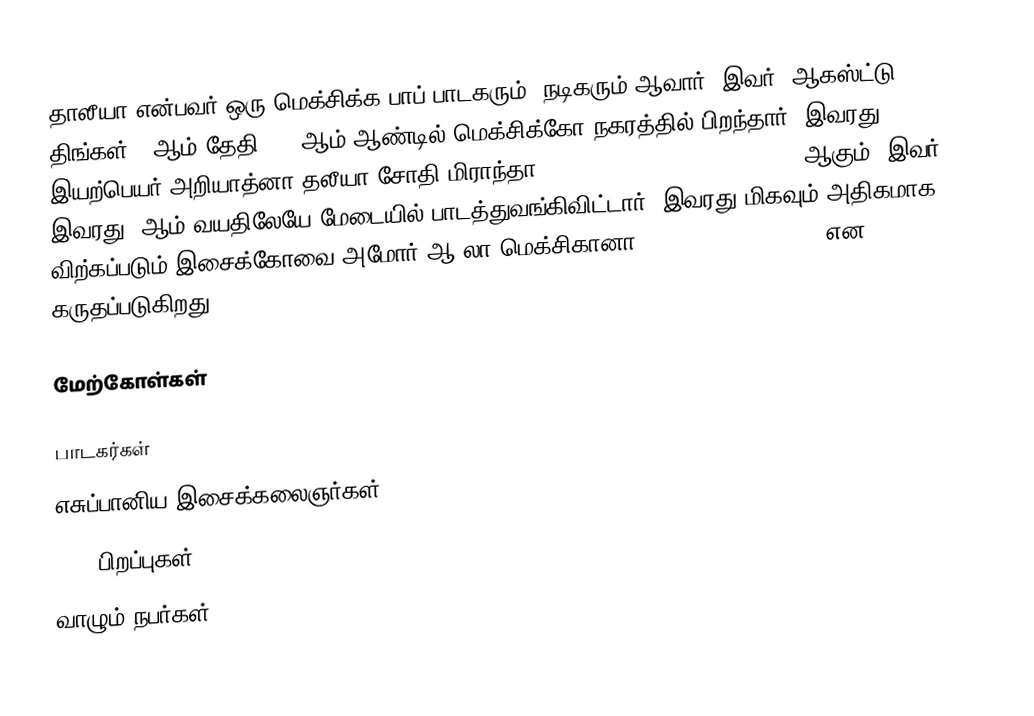
தாலீயா என்பவர் ஒரு மெக்சிக்க பாப் பாடகரும், நடிகரும் ஆவார். இவர், ஆகஸ்ட்டு திங்கள் 26ஆம் தேதி 1971ஆம் ஆண்டில் மெக்சிக்கோ நகரத்தில் பிறந்தார். இவரது இயற்பெயர் அறியாத்னா தலீயா சோதி மிராந்தா (Ariadna Thalia Sodi Miranda) ஆகும். இவர், இவரது 9ஆம் வயதிலேயே மேடையில் பாடத்துவங்கிவிட்டார். இவரது மிகவும் அதிகமாக விற்கப்படும் இசைக்கோவை அமோர் ஆ லா மெக்சிகானா (Amor a la mexicana) என கருதப்படுகிறது.

மேற்கோள்கள்

பாடகர்கள்
எசுப்பானிய இசைக்கலைஞர்கள்
1971 பிறப்புகள்
வாழும் நபர்கள்